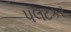
પલટકર